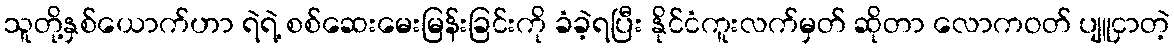
သူတို့နှစ်ယောက်ဟာ ရဲရဲ့ စစ်ဆေးမေးမြန်းခြင်းကို ခံခဲ့ရပြီး နိုင်ငံကူးလက်မှတ် ဆိုတာ လောကဝတ် ပျူငှာတဲ့